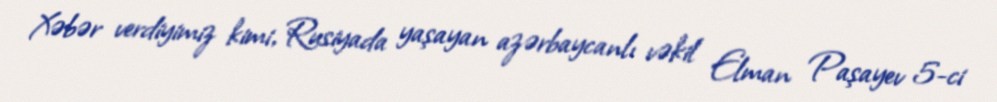
Xəbər verdiyimiz kimi, Rusiyada yaşayan azərbaycanlı vəkil Elman Paşayev 5-ci